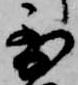
到